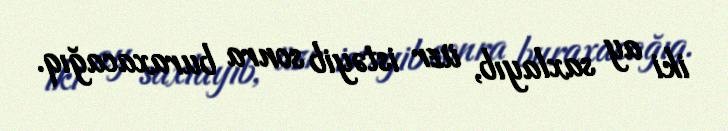
iki ay saxlayıb, üzr istəyib sonra buraxacağıq.